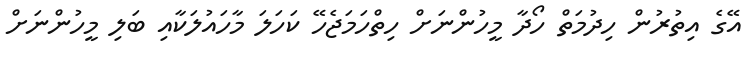
އޭގެ އިތުރުން ހިދުމަތް ހޯދާ މީހުންނަށް ހިތްހަމަޖެހޭ ކަހަލަ މާހައުލަކާއި ބަލި މީހުންނަށް